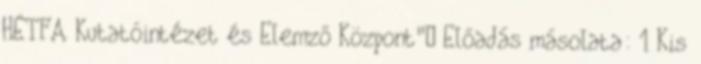
HÉTFA Kutatóintézet és Elemző Központ"— Előadás másolata: 1 Kis